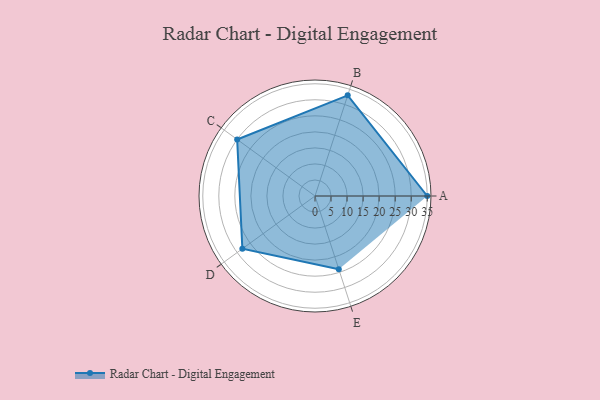
{"axis": {"x": "Skill", "y": "Score"}, "legend": ["Profile"], "data": [{"x": "A", "y": 35.0, "type": "Profile"}, {"x": "B", "y": 33.0, "type": "Profile"}, {"x": "C", "y": 30.0, "type": "Profile"}, {"x": "D", "y": 28.0, "type": "Profile"}, {"x": "E", "y": 24.0, "type": "Profile"}]}